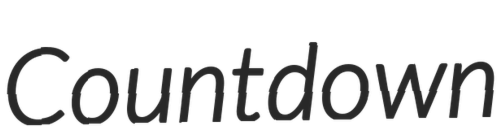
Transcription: Countdown